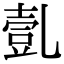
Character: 亄